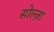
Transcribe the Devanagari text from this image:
सोल्ज़ा